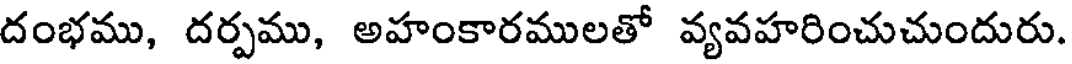
దంభము, దర్పము, అహంకారములతో వ్యవహరించుచుందురు.